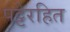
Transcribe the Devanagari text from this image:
पट्टेरहित